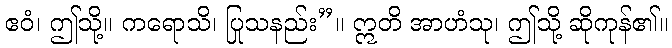
ဧဝံ၊ ဤသို့။ ကရောသိ၊ ပြုသနည်း”။ ဣတိ အာဟံသု၊ ဤသို့ ဆိုကုန်၏။